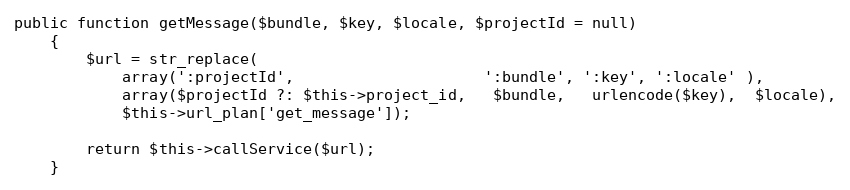
Language: PHP
public function getMessage($bundle, $key, $locale, $projectId = null)
    {
        $url = str_replace(
            array(':projectId',                     ':bundle', ':key', ':locale' ),
            array($projectId ?: $this->project_id,   $bundle,   urlencode($key),  $locale),
            $this->url_plan['get_message']);

        return $this->callService($url);
    }